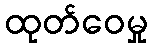
ထုတ်ဝေမှု